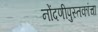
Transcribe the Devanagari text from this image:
नोंदणीपुस्तकांचा